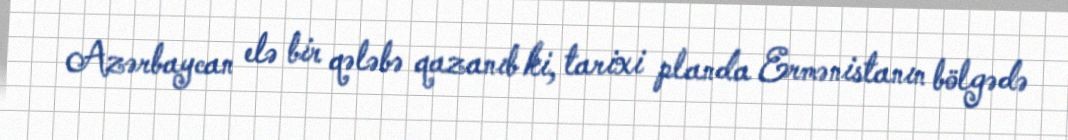
Azərbaycan elə bir qələbə qazanıb ki, tarixi planda Ermənistanın bölgədə